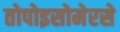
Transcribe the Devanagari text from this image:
तोपोइसोमेरसे